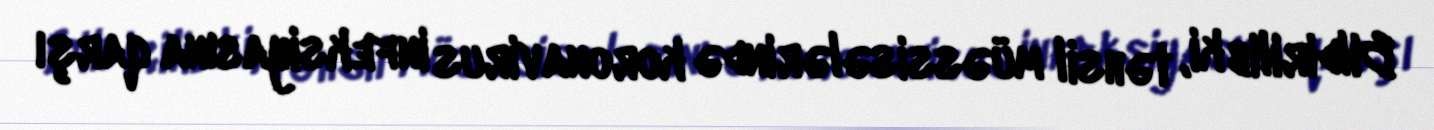
Bildirilib ki, təhsil müəssisələrində koronavirus infeksiyasına qarşı